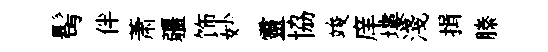
髩伴萧疆饰妙靈協竣庠塿淺揖縢